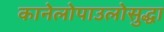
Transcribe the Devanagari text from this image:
कानेलोपाउलोसुद्धा